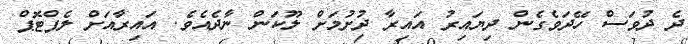
ދެ ދުވަސް ހޭދަވެގެން ދިޔައިރު އައިރާ ދުށުމަށް ލޫކަން ނާދެއެވެ. އައިރާއަށް ލެޕްޓޮޕް